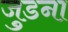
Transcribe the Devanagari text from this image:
जुडना